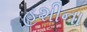
હશીના